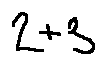
2 + 3